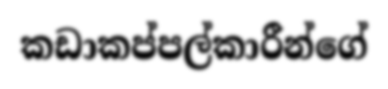
කඩාකප්පල්කාරීන්ගේ